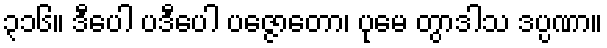
၃၁၆။ ဒီပေါ ပဒီပေါ ပဇ္ဇောတော၊ ပုမေ တွာဒါသ ဒပ္ပဏာ။